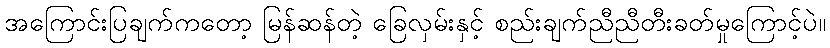
အကြောင်းပြချက်ကတော့ မြန်ဆန်တဲ့ ခြေလှမ်းနှင့် စည်းချက်ညီညီတီးခတ်မှုကြောင့်ပဲ။